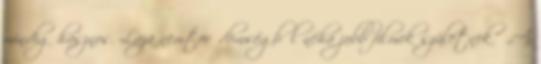
mindig hasznos. Laza nemtörődömségből néha jobb filmek születnek.” „A